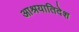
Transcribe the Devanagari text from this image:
आश्रयातिदेश